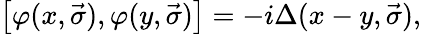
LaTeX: \left[\varphi(x,\vec{\sigma}),\varphi(y,\vec{\sigma})\right]=-i\Delta(x-y,\vec{\sigma}),